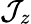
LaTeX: \mathcal{J}_{z}